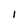
Character: 1